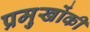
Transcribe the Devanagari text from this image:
प्रमुखोंकी